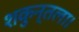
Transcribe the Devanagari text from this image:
शकुन्तला।